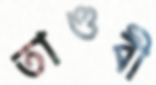
তাণ্ডবী